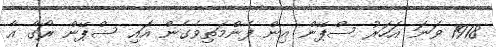
1918 ވަނަ އަހަރު ސްޕޭން އިން ފެންމަތިވެގެން އައި ސްޕޭން ރޯގާ އާ